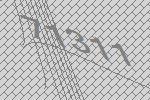
71311